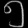
Digit: ၅